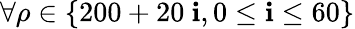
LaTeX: \forall\rho\in\{ 200+20\ \mathbf{i},0\le\mathbf{i}\le60\}